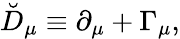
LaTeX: \breve{D}_{\mu}\equiv\partial_{\mu}+\Gamma_{\mu},